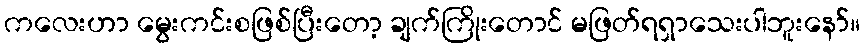
ကလေးဟာ မွေးကင်းစဖြစ်ပြီးတော့ ချက်ကြိုးတောင် မဖြတ်ရရှာသေးပါဘူးနော်။